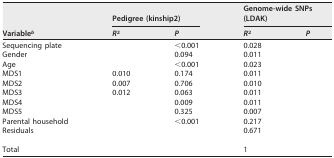
<table><thead><tr><td rowspan="2"><b>Variable<sup>b</sup></b></td><td colspan="2"><b>Pedigree (kinship2)</b></td><td colspan="2"><b>Genome-wide SNPs (LDAK)</b></td></tr><tr><td><b><i>R</i><sup>2</sup></b></td><td><b><i>P</i></b></td><td><b><i>R</i><sup>2</sup></b></td><td><b><i>P</i></b></td></tr></thead><tbody><tr><td>Sequencing plate</td><td>[EMPTY_CELL]</td><td>&lt;0.001</td><td>0.028</td><td>[EMPTY_CELL]</td></tr><tr><td>Gender</td><td>[EMPTY_CELL]</td><td>0.094</td><td>0.011</td><td>[EMPTY_CELL]</td></tr><tr><td>Age</td><td>[EMPTY_CELL]</td><td>&lt;0.001</td><td>0.023</td><td>[EMPTY_CELL]</td></tr><tr><td>MDS1</td><td>0.010</td><td>0.174</td><td>0.011</td><td>[EMPTY_CELL]</td></tr><tr><td>MDS2</td><td>0.007</td><td>0.706</td><td>0.010</td><td>[EMPTY_CELL]</td></tr><tr><td>MDS3</td><td>0.012</td><td>0.063</td><td>0.011</td><td>[EMPTY_CELL]</td></tr><tr><td>MDS4</td><td>[EMPTY_CELL]</td><td>0.009</td><td>0.011</td><td>[EMPTY_CELL]</td></tr><tr><td>MDS5</td><td>[EMPTY_CELL]</td><td>0.325</td><td>0.007</td><td>[EMPTY_CELL]</td></tr><tr><td>Parental household</td><td>[EMPTY_CELL]</td><td>&lt;0.001</td><td>0.217</td><td>[EMPTY_CELL]</td></tr><tr><td>Residuals</td><td>[EMPTY_CELL]</td><td>[EMPTY_CELL]</td><td>0.671</td><td>[EMPTY_CELL]</td></tr><tr><td>Total</td><td>[EMPTY_CELL]</td><td>[EMPTY_CELL]</td><td>1</td><td>[EMPTY_CELL]</td></tr></tbody></table>